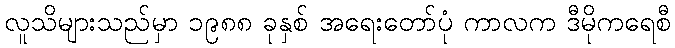
လူသိများသည်မှာ ၁၉၈၈ ခုနှစ် အရေးတော်ပုံ ကာလက ဒီမိုကရေစီ